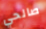
صالحي